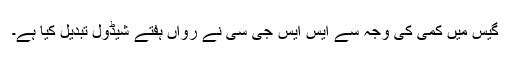
گیس میں کمی کی وجہ سے ایس ایس جی سی نے رواں ہفتے شیڈول تبدیل کیا ہے۔